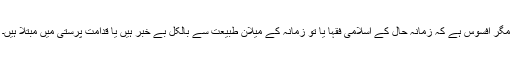
مگر افسوس ہے کہ زمانہ حال کے اسلامی فقہا یا تو زمانہ کے میلان طبیعت سے بالکل بے خبر ہیں یا قدامت پرستی میں مبتلا ہیں۔